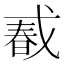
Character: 𢧔